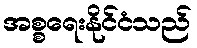
အစ္စရေးနိုင်ငံသည်